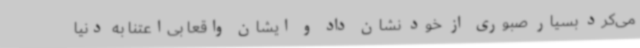
می‌کرد بسیار صبوری از خود نشان داد و ایشان واقعاً بی‌اعتنا به دنیا